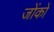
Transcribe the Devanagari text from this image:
जोंकों